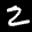
Label: 2